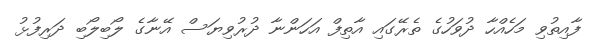
ފާއިތުވި މަހެއްހާ ދުވަހުގެ ތެރޭގައި އާތިފް އަހަންނާ ދުރުވިޔަސް އޭނާގެ ލޯބިލޯބި ދަރިފުޅު